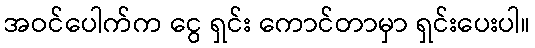
အဝင်ပေါက်က ငွေ ရှင်း ကောင်တာမှာ ရှင်းပေးပါ။